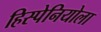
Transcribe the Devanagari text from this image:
हिस्पेनियोला